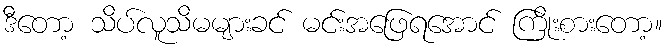
ဒီတော့ သိပ်လူသိမများခင် မင်းအဖြေရအောင် ကြိုးစားတော့။